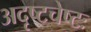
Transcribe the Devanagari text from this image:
अदृष्टचेष्टः